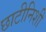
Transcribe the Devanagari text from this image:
छाटीनिशी